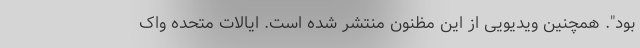
بود". همچنین ویدیویی از این مظنون منتشر شده است. ایالات متحده واک